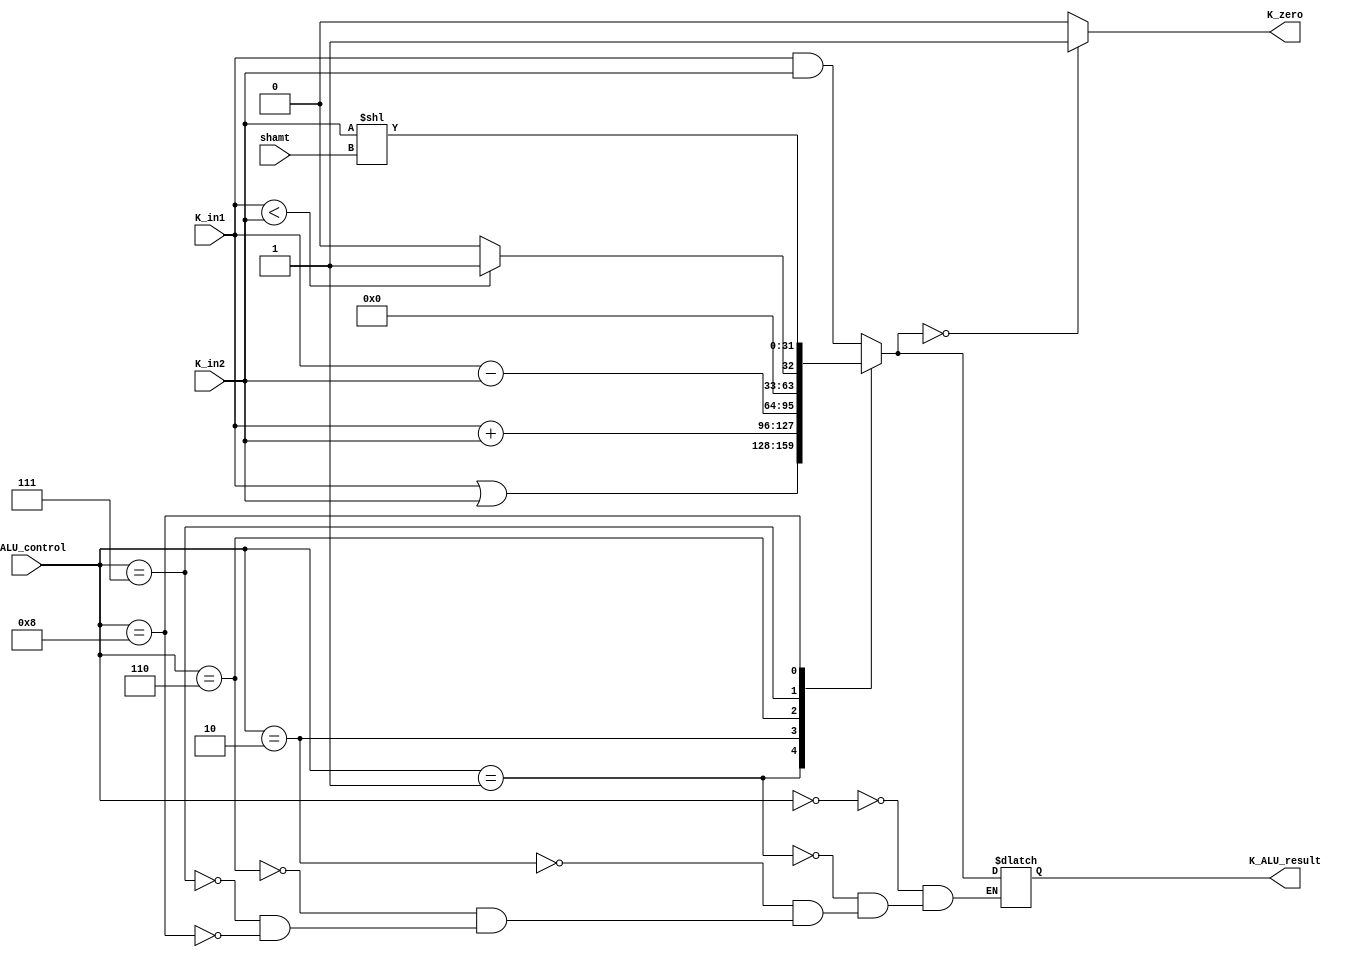

module K_ALU(K_ALU_result, K_zero, K_in1, K_in2, K_ALU_control,shamt);

output reg [31:0] K_ALU_result;
output reg K_zero;
input [31:0] K_in1, K_in2;
input [3:0] K_ALU_control;
input wire [4:0]shamt;

initial
begin
    K_ALU_result = 32'd0;
    K_zero = 0;
end

always @( K_in1  , K_in2 ,K_ALU_control)
begin
    case(K_ALU_control)
        4'b0000 : K_ALU_result = K_in1 & K_in2;

        4'b0001 : K_ALU_result = K_in1 | K_in2;

        4'b0010 : K_ALU_result = K_in1 + K_in2;

        4'b0110 : K_ALU_result = K_in1 - K_in2;

        4'b0111 : K_ALU_result = (K_in1 < K_in2) ? 32'd1 : 32'd0;
	
	4'b1000 : K_ALU_result = (K_in2 << shamt);
    endcase
    if (K_ALU_result == 0)
        K_zero = 1'b1;
    else
        K_zero = 1'b0;
end

endmodule